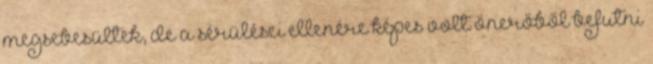
megsebesültek, de a sérülései ellenére képes volt önerőből befutni